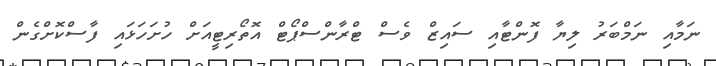
ނަމާއި ނަމްބަރު ލިޔާ ފޮންޓާއި ސައިޒް ވެސް ޓްރާންސްޕޯޓް އޮތޯރިޓީއަށް ހުށަހަޅައި ފާސްކޮށްގެން